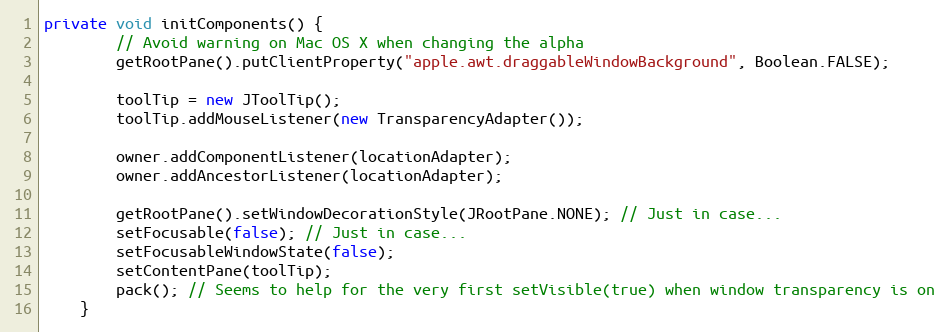
Language: Java
private void initComponents() {
        // Avoid warning on Mac OS X when changing the alpha
        getRootPane().putClientProperty("apple.awt.draggableWindowBackground", Boolean.FALSE);

        toolTip = new JToolTip();
        toolTip.addMouseListener(new TransparencyAdapter());

        owner.addComponentListener(locationAdapter);
        owner.addAncestorListener(locationAdapter);

        getRootPane().setWindowDecorationStyle(JRootPane.NONE); // Just in case...
        setFocusable(false); // Just in case...
        setFocusableWindowState(false);
        setContentPane(toolTip);
        pack(); // Seems to help for the very first setVisible(true) when window transparency is on
    }